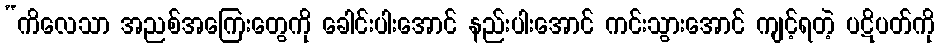
“ကိလေသာ အညစ်အကြေးတွေကို ခေါင်းပါးအောင် နည်းပါးအောင် ကင်းသွားအောင် ကျင့်ရတဲ့ ပဋိပတ်ကို